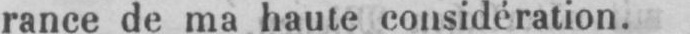
rance de ma haute considération.